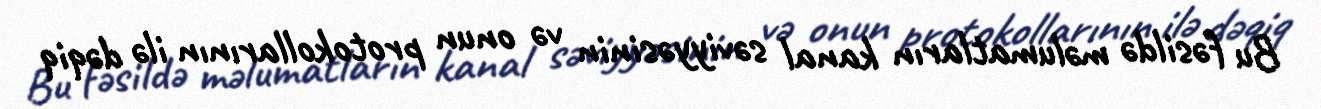
Bu fəsildə məlumatların kanal səviyyəsinin və onun protokollarının ilə dəqiq